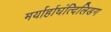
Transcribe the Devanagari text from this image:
मर्यार्हाघंत्दिलिडग